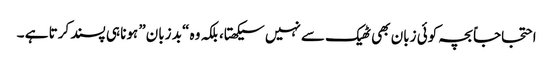
احتجاجاً بچہ کوئی زبان بھی ٹھیک سے نہیں سیکھتا، بلکہ وہ “بد زبان” ہونا ہی پسند کرتا ہے ۔